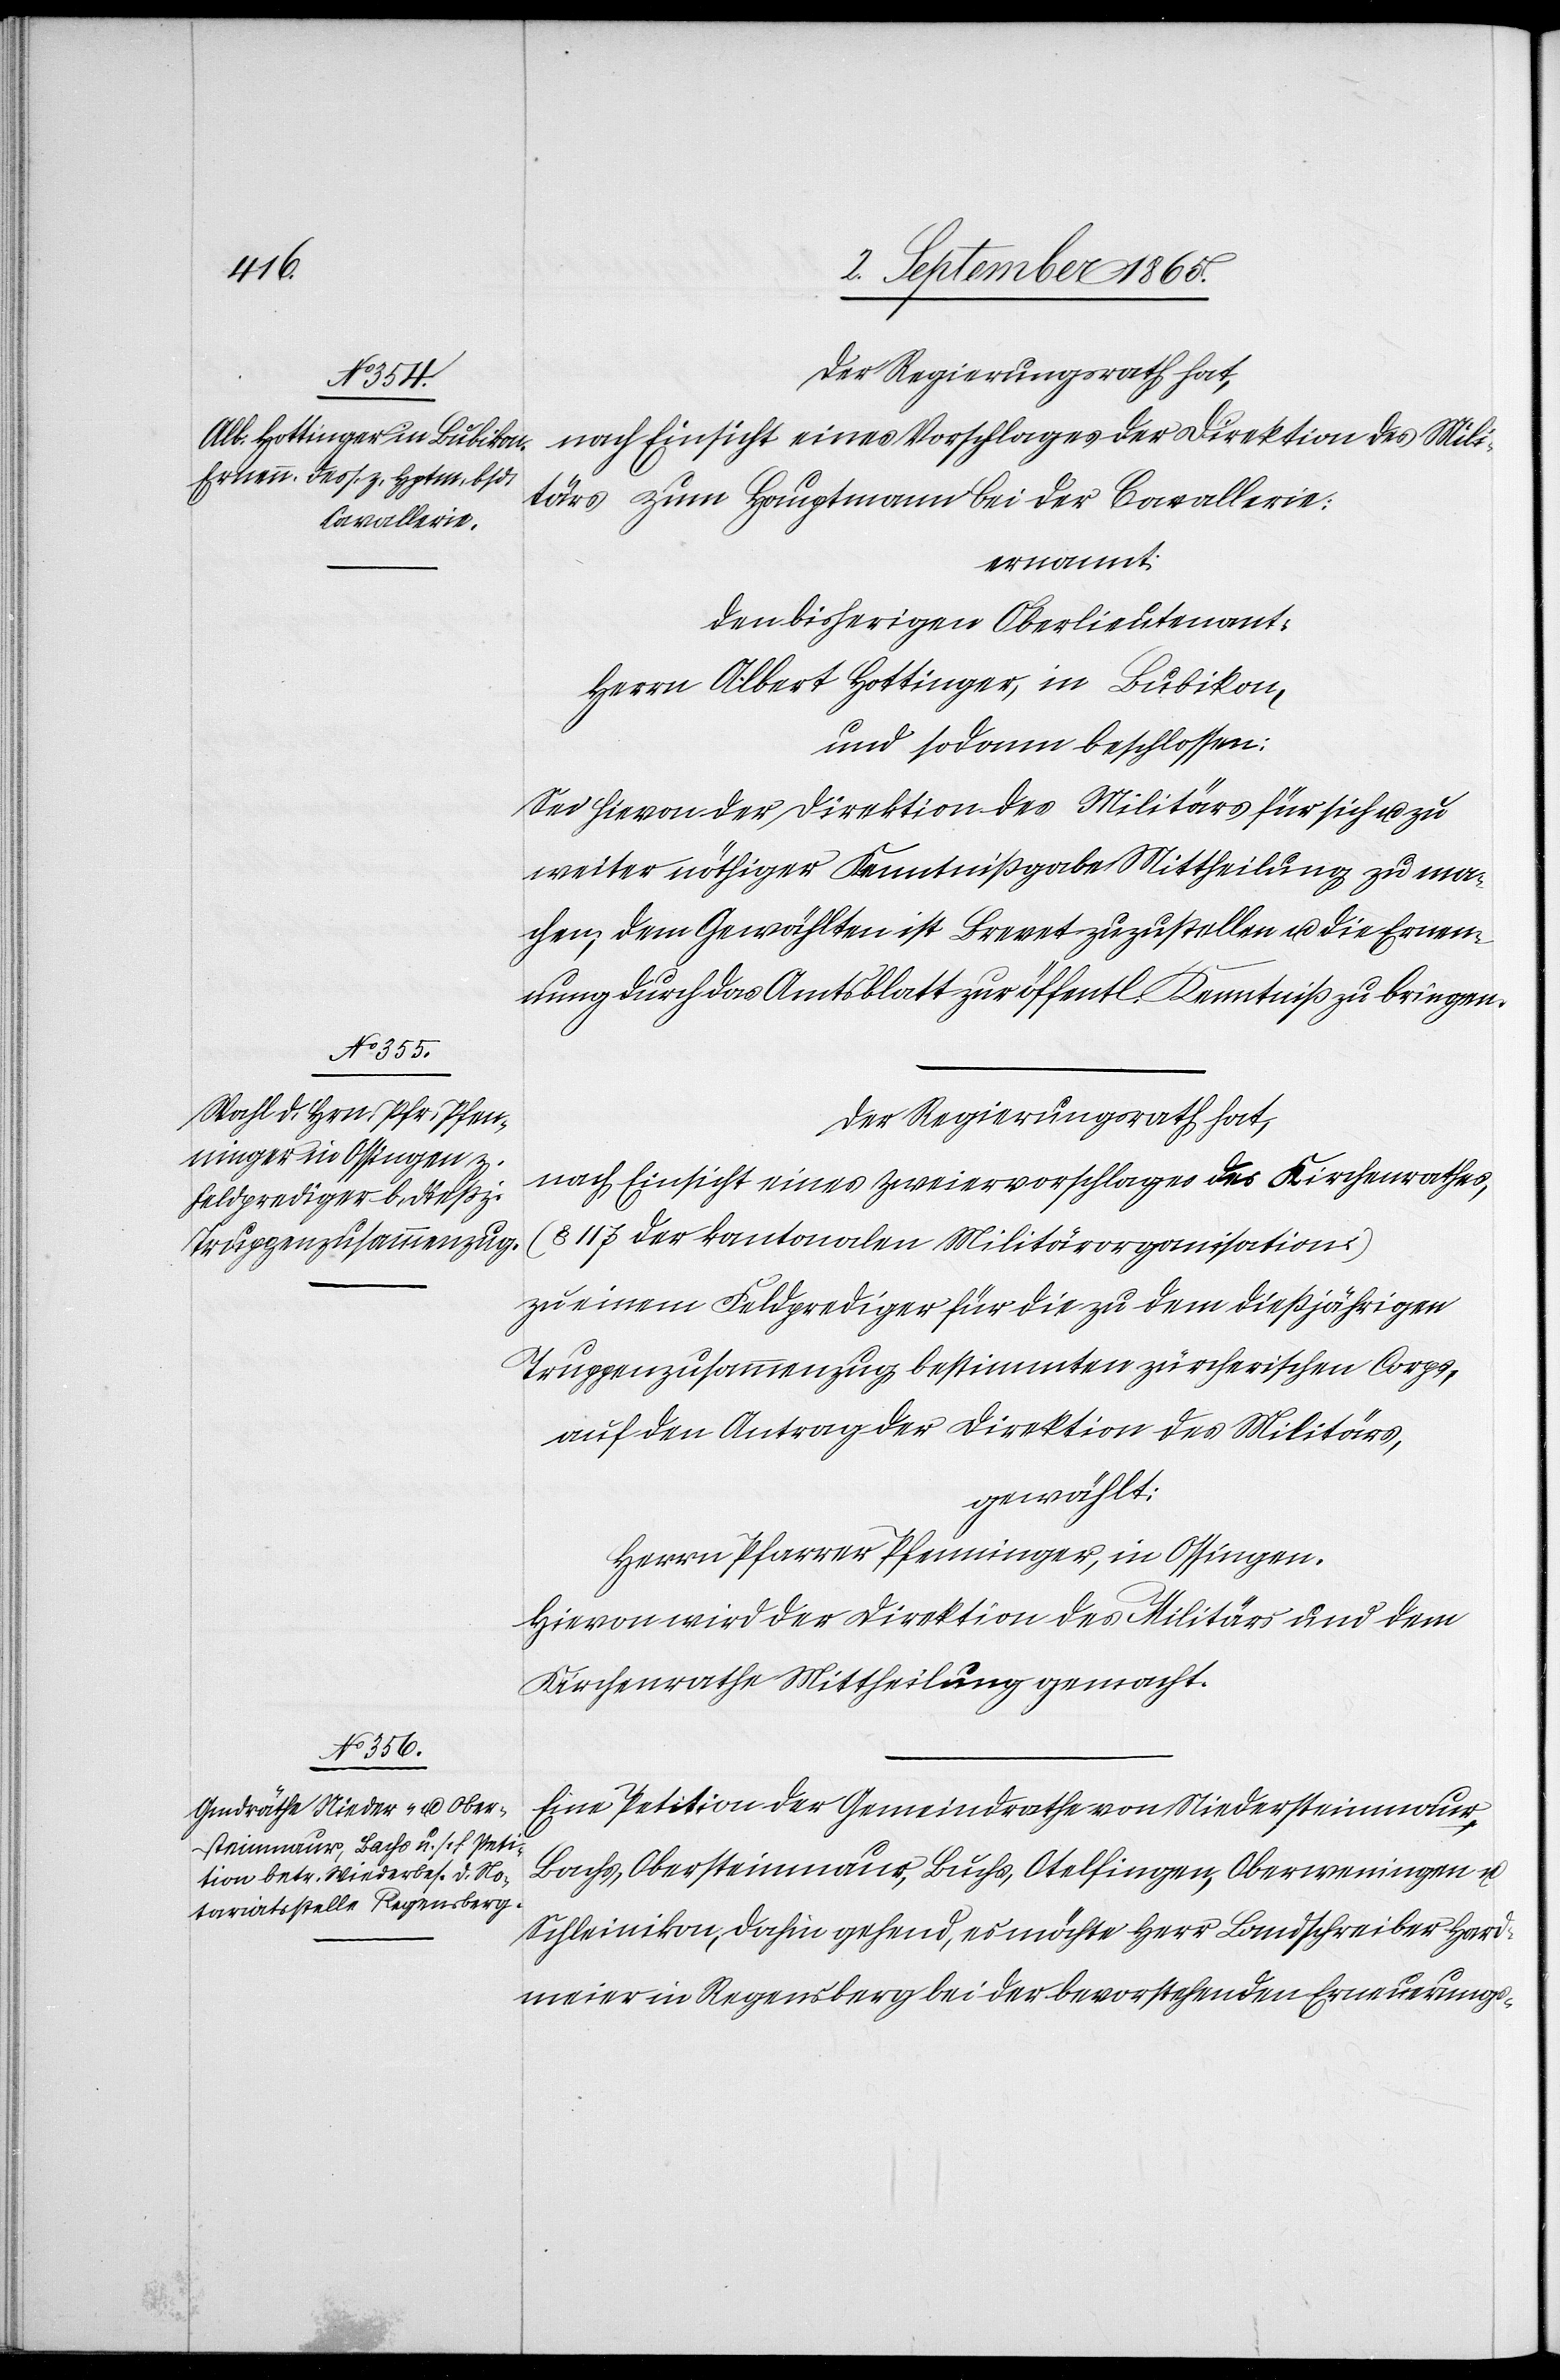
Der Regierungsrath hat,
nach Einsicht eines Vorschlages der Direktion des Mili¬
tärs zum Hauptmann bei der Cavallerie:
ernannt:
Den bisherigen Oberlieutenant:
Herrn Albert Hottinger, in Bubikon,
und sodann beschlossen:
Sei hievon der Direktion des Militärs für sich u. zu
weiter nöthiger Kenntnißgabe Mittheilung zu ma¬
chen, dem Gewählten ist Brevet zuzustellen u. die Ernen¬
nung durch das Amtsblatt zur öffentl. Kenntniß zu bringen.
Der Regierungsrath hat,
nach Einsicht eines Zweiervorschlages des Kirchenrathes,
(§ 117 der kantonalen Militärorganisation)
zu einem Feldprediger für die zu dem dießjährigen
Truppenzusammenzug bestimmten zürcherischen Corps,
auf den Antrag der Direktion des Militärs,
gewählt:
Herrn Pfarrer Pfenningen, in Ossingen.
Hievon wird der Direktion des Militärs und dem
Kirchenrathe Mittheilung gemacht.
Eine Petition der Gemeindrathe von Niedersteinmaur,
Bachs, Obersteinmaur, Buchs, Otelfingen, Oberweningen u.
Schleinikon, dahin gehend, es möchte Herr Landschreiber Hard¬
meier in Regensberg bei der bevorstehenden Erneuerungs-